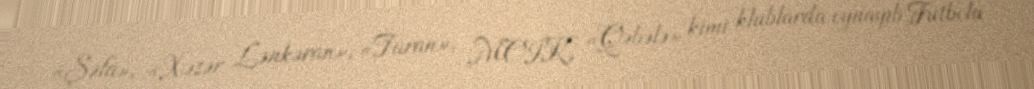
«Şəfa», «Xəzər Lənkəran», «Turan», MOİK, «Qəbələ» kimi klublarda oynayıb Futbola